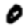
Digit: 0